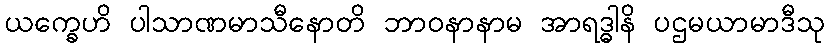
ယက္ခေဟိ ပါသာဏမာသီနောတိ ဘာဝနာနာမ အာရဒ္ဓါနိ ပဌမယာမာဒီသု